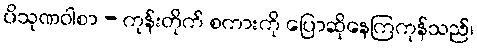
ပိသုဏဝါစာ - ကုန်းတိုက် စကားကို ပြောဆိုနေကြကုန်သည်၊